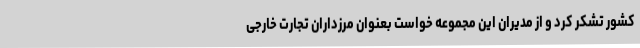
کشور تشکر کرد و از مدیران این مجموعه خواست بعنوان مرزداران تجارت خارجی